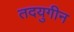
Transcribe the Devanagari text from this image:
तदयुगीन